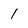
Character: 1